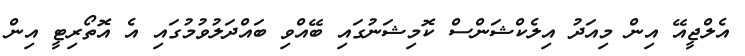
އެލްޖީއޭ އިން މިއަދު އިލެކްޝަންސް ކޮމިޝަނުގައި ބޭއްވި ބައްދަލުވުމުގައި އެ އޮތޯރިޓީ އިން